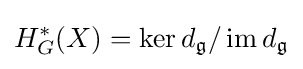
H_{G}^{*}(X)=\ker d_{\mathfrak {g}}/\operatorname {im} d_{\mathfrak {g}}